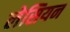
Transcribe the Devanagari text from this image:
लेसियन